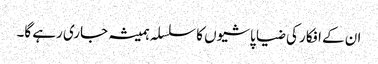
ان کے افکار کی ضیا پاشیوں کا سلسلہ ہمیشہ جاری رہے گا۔